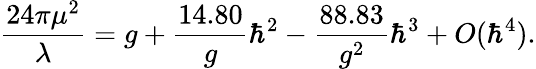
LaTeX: {\frac{24\pi\mu^{2}}{\lambda}}=g+{\frac{14.80}{g}}\hbar^{2}-{\frac{88.83}{g^{2}}}\hbar^{3}+O(\hbar^{4}).